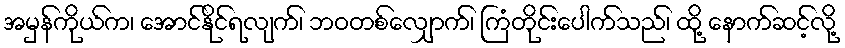
အမှန်ကိုယ်က၊ အောင်နိုင်ရလျက်၊ ဘဝတစ်လျှောက်၊ ကြံတိုင်းပေါက်သည်၊ ထို့ နောက်ဆင့်လို့